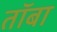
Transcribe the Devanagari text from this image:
तॉबा